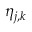
\eta _ { j , k }